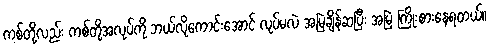
ကစ်တို့လည်း ကစ်တို့အလုပ်ကို ဘယ်လိုကောင်းအောင် လုပ်မလဲ အမြဲချိန်ဆပြီး အမြဲ ကြိုးစားနေရတယ်။